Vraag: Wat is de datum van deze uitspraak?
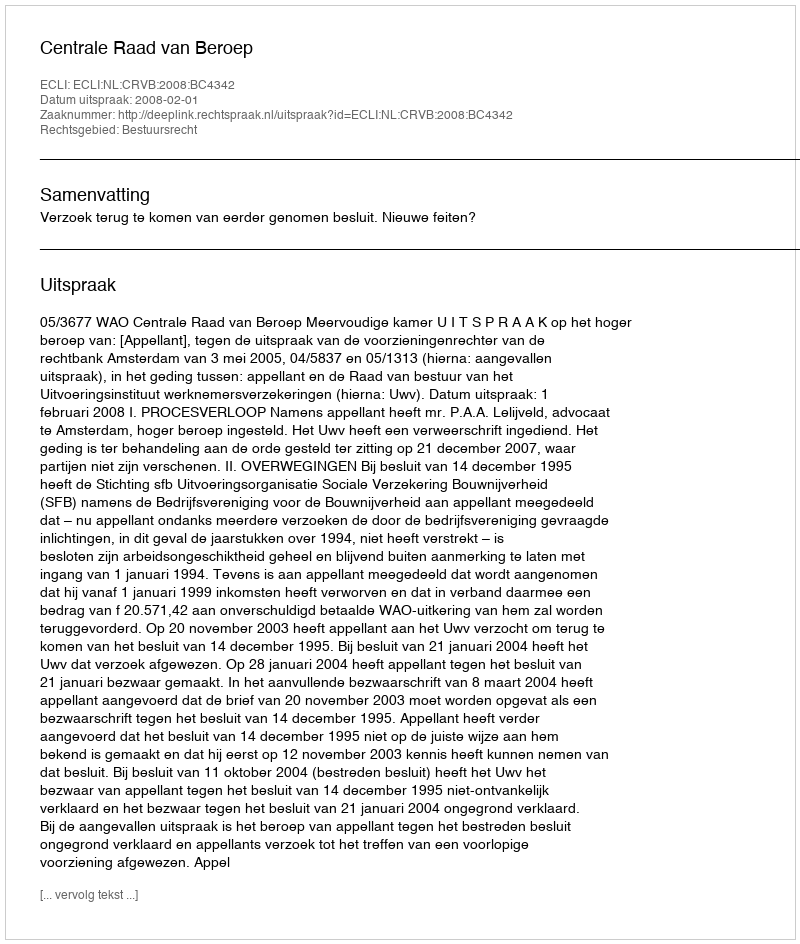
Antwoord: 2008-02-01